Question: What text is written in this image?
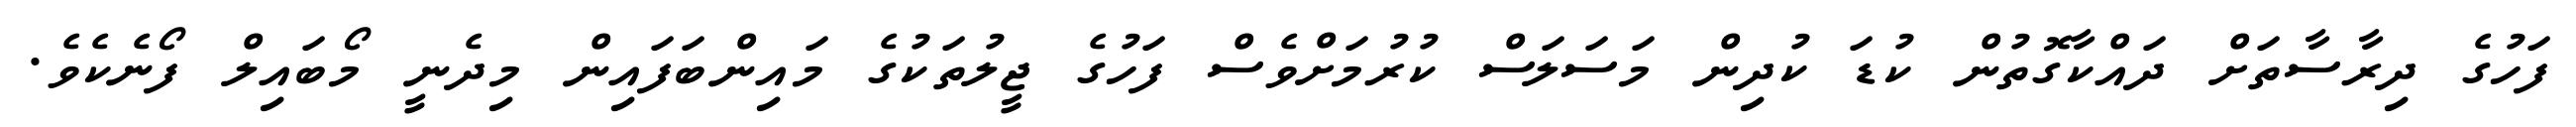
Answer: ފަހުގެ ދިރާސާތަށް ދައްކާގޮތުން ކުޑަ ކުދިން މަސަލަސް ކުރުމަށްވެސް ފަހުގެ ޖީލުތަކުގެ މައިންބަފައިން މިދެނީ މޯބައިލް ފޯނެކެވެ.